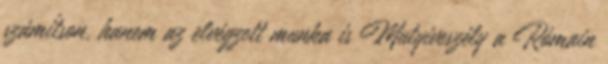
számítson, hanem az elvégzett munka is Mutyiveszély a Rómain